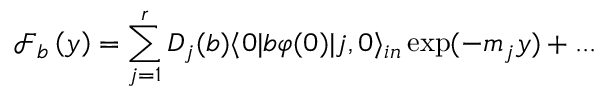
\mathcal { F } _ { b } \left( y \right) = \sum _ { j = 1 } ^ { r } D _ { j } ( b ) \langle 0 | b \varphi ( 0 ) | j , 0 \rangle _ { i n } \exp ( - m _ { j } y ) + . . .